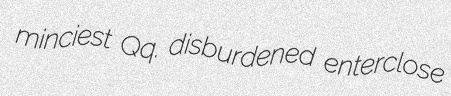
minciest Qq. disburdened enterclose